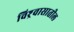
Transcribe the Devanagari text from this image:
विश्र्वासातील